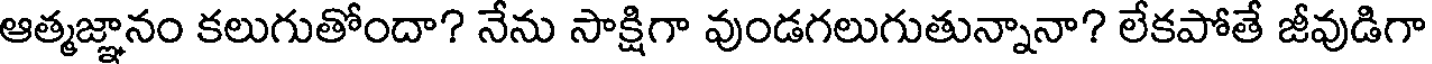
ఆత్మజ్ఞానం కలుగుతోందా? నేను సాక్షిగా వుండగలుగుతున్నానా? లేకపోతే జీవుడిగా